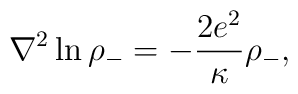
{\nabla}^2 \ln{{\rho}_-} =  - {2e^2 \over \kappa} {\rho}_- ,